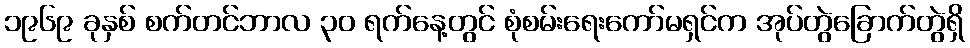
၁၉၆၉ ခုနှစ် စက်တင်ဘာလ ၃၀ ရက်နေ့တွင် စုံစမ်းရေးကော်မရှင်က အုပ်တွဲခြောက်တွဲရှိ